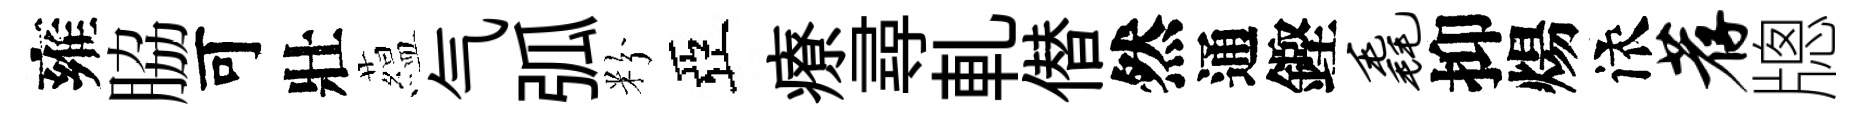
雍脇可壯藴气弧粉亞療尋軋僣然通鏗毳抑煬依荐牕